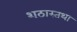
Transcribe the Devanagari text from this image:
शठास्तथा